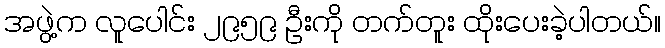
အဖွဲ့က လူပေါင်း ၂၉၅၉ ဦးကို တက်တူး ထိုးပေးခဲ့ပါတယ်။